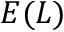
E ( L )